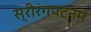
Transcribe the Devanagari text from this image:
स्रीरंगपटनम